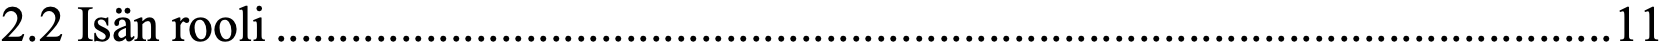
2.2 Isän rooli ........................................................................................................... 11